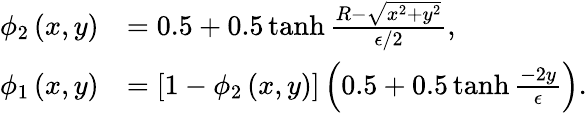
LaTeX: \begin{array}{rl}{\phi_{2}\left(x,y\right)}&{=0.5+0.5\operatorname{tanh}\frac{R-\sqrt{x^{2}+y^{2}}}{\epsilon/2},}\\ {\phi_{1}\left(x,y\right)}&{=\left[1-\phi_{2}\left(x,y\right)\right]\left(0.5+0.5\operatorname{tanh}\frac{-2y}{\epsilon}\right).}\end{array}